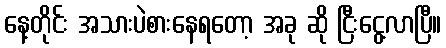
နေ့တိုင်း အသားပဲစားနေရတော့ အခု ဆို ငြီးငွေ့လာပြီ။